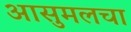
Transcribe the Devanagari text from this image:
आसुमलचा